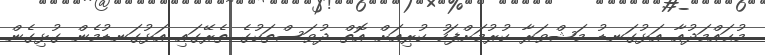
މުޙައްމަދުއާ އަޅުގަނޑު މަޝްވަރާ ކުރުމަށްފަހު ކުރިއަށް އޮތް ދުވަސްތަކުގެ ތެރޭގައި އަޅުގަނޑުމެން ގުޅިގެން